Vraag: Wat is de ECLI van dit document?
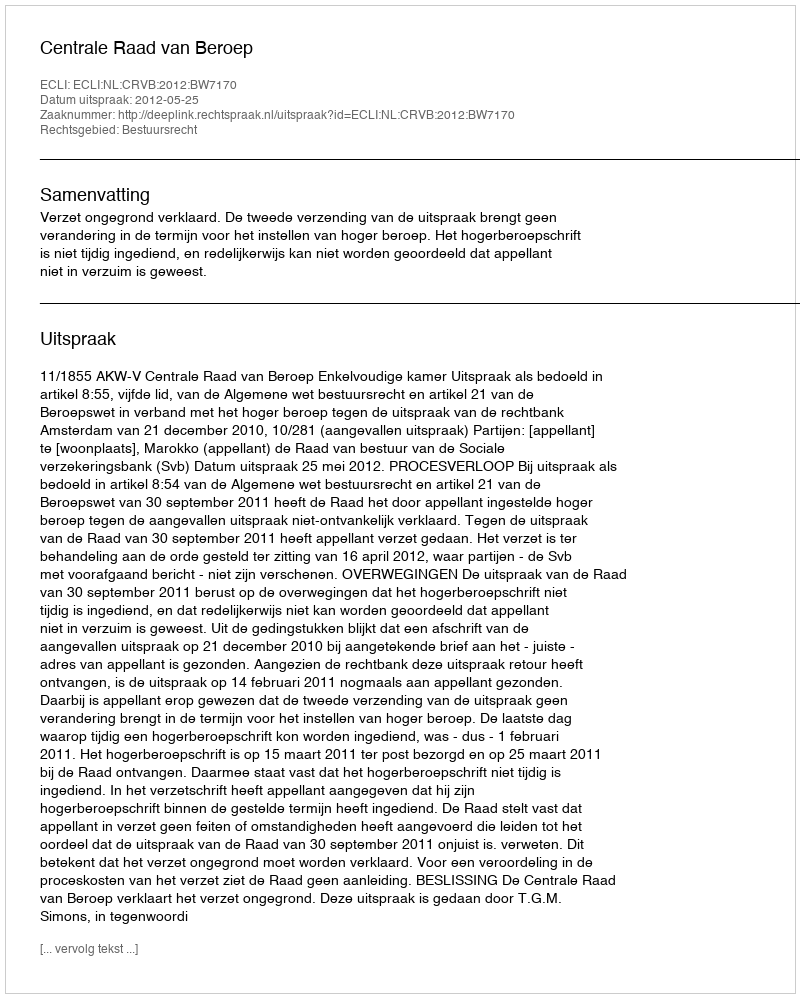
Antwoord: ECLI:NL:CRVB:2012:BW7170